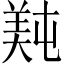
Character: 𬙴